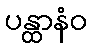
ပန္ထာနံဝ